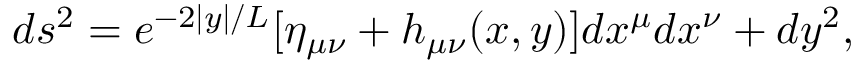
d s ^ { 2 } = e ^ { - 2 | y | / L } [ \eta _ { \mu \nu } + h _ { \mu \nu } ( x , y ) ] d x ^ { \mu } d x ^ { \nu } + d y ^ { 2 } ,